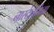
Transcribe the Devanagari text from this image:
नास्टेलजिया